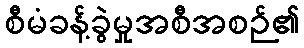
စီမံခန့်ခွဲမှုအစီအစဉ်၏